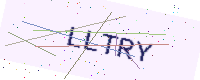
Text: LLTRY